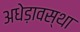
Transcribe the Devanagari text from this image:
अधेड़ावस्था